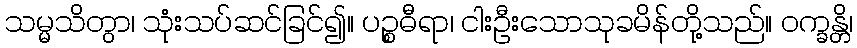
သမ္မသိတွာ၊ သုံးသပ်ဆင်ခြင်၍။ ပဉ္စဓီရာ၊ ငါးဦးသောသုခမိန်တို့သည်။ ဝက္ခန္တိ၊